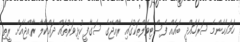
ހަމައެހެންމެ ސަރަހައްދީ ބައެއް ފެސްޓިވަލްތަކުގައި ރާއްޖޭގެ ސަގާފީ ކުޅިވަރުތައް ދައްކާލާ ރާއްޖެއަށް ރީތި